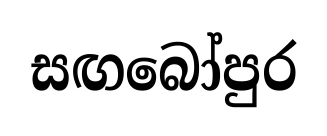
සඟබෝපුර